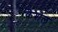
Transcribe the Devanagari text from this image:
केशेल